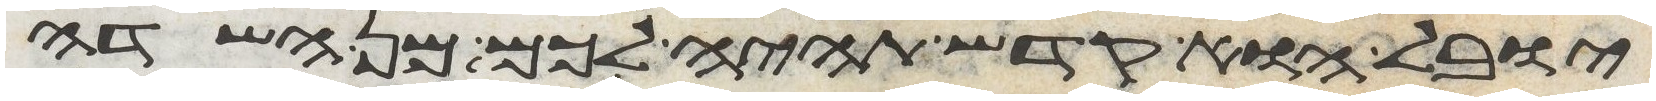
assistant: יובל הוא קדש תהיה לכם מן השדה